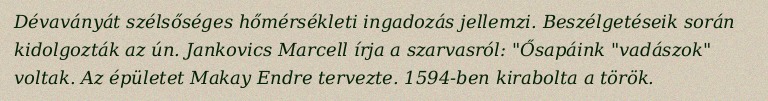
Dévaványát szélsőséges hőmérsékleti ingadozás jellemzi. Beszélgetéseik során kidolgozták az ún. Jankovics Marcell írja a szarvasról: "Ősapáink "vadászok" voltak. Az épületet Makay Endre tervezte. 1594-ben kirabolta a török.